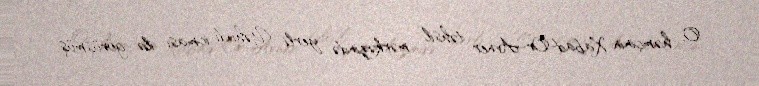
O, həmçinin Xabad-Or-Avner təhsil mərkəzində yerli Yəhudi icması ilə görüşmüş